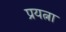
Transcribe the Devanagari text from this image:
प्रयत्ना